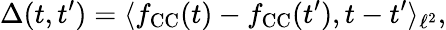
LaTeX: \Delta(t,t^{\prime})=\langle f_{\mathrm{CC}}(t)-f_{\mathrm{CC}}(t^{\prime}),t-t^{\prime}\rangle_{\ell^{2}},